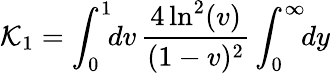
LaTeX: {\cal K}_{1}=\int_{0}^{1}\! \! dv\, {\frac{4\ln^{2}(v)}{(1-v)^{2}}}\int_{0}^{\infty}\! \! dy